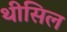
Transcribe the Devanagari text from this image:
थीसिल